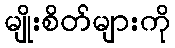
မျိုးစိတ်များကို